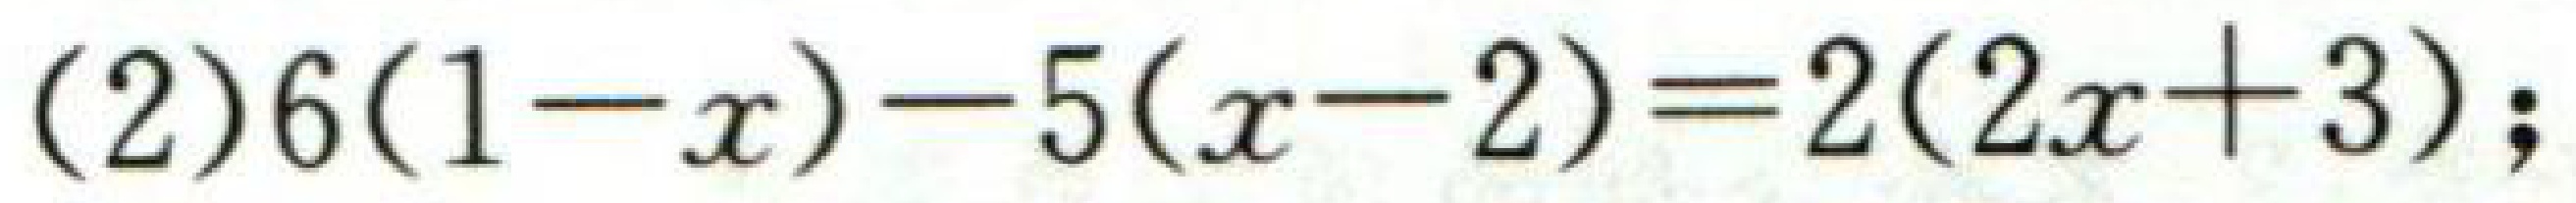
(2)\(6(1 - x)-5(x - 2)=2(2x + 3)\);